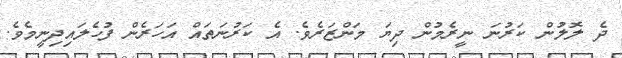
ދެ ލޮލުން ކަރުނަ ނީރެމުން ދިޔަ މަންޒަރެވެ. އެ ކަރުނަތައް އަހަރެން ފުހެލައިދިނީމެވެ.